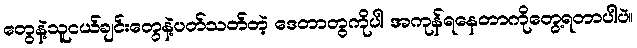
တွေနဲ့သူငယ်ချင်းတွေနဲ့ပတ်သတ်တဲ့ ဒေတာတွကိုပါ အကုန်ရနေတာကိုတွေ့ရတာပါပဲ။